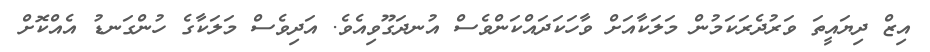
އިޒް ދިޔައީތަ ވަރުދެރަކަމުން މަލަކާއަށް ވާހަކަދައްކަންވެސް އުނދަގޫވިއެވެ. އަދިވެސް މަލަކާގެ ހުންގަނޑު އެއްކޮށް